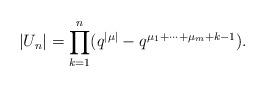
LaTeX: \begin{align*}|U_n|= \prod_{k = 1}^{n}(q^{|\mu|} - q^{\mu_1+\cdots+\mu_m+k-1}).\end{align*}